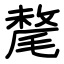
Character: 氂